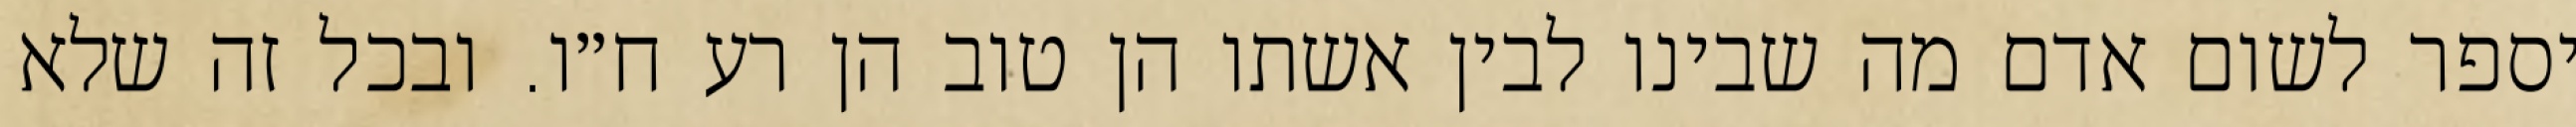
יספר לשום אדם מה שבינו לבין אשתו הן טוב הן רע ח״ו. ובכל זה שלא